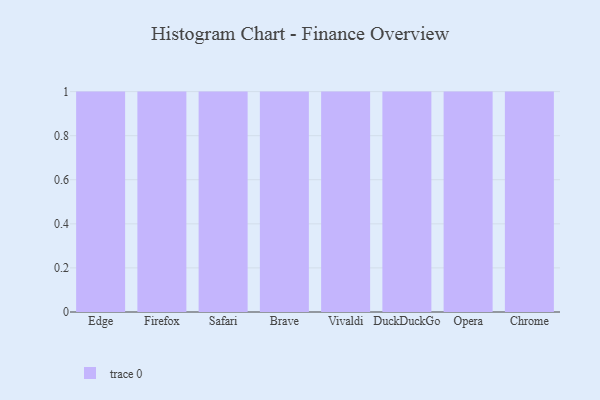
{"axis": {"x": "Browser", "y": "Website Visitors"}, "legend": [""], "data": [{"x": "Edge", "y": 98, "type": ""}, {"x": "Firefox", "y": 56, "type": ""}, {"x": "Safari", "y": 96, "type": ""}, {"x": "Brave", "y": 43, "type": ""}, {"x": "Vivaldi", "y": 33, "type": ""}, {"x": "DuckDuckGo", "y": 28, "type": ""}, {"x": "Opera", "y": 30, "type": ""}, {"x": "Chrome", "y": 64, "type": ""}]}